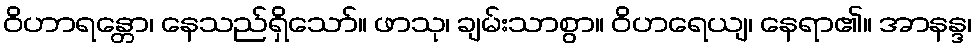
ဝိဟာရန္တော၊ နေသည်ရှိသော်။ ဖာသု၊ ချမ်းသာစွာ။ ဝိဟရေယျ၊ နေရာ၏။ အာနန္ဒ၊